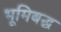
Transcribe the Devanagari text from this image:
भूमिबद्ध